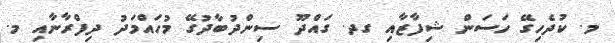
މ. ކުދެހިގޭ ހަސަން ޝިފާޒާއި ގދ. ގައްދޫ ސިންދުބާދުގޭ މުހައްމަދު ދިފްރާނާއި މ.